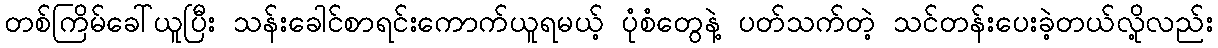
တစ်ကြိမ်ခေါ်ယူပြီး သန်းခေါင်စာရင်းကောက်ယူရမယ့် ပုံစံတွေနဲ့ ပတ်သက်တဲ့ သင်တန်းပေးခဲ့တယ်လို့လည်း